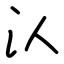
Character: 汄